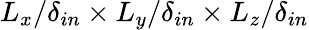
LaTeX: L_{x}/\delta_{in}\times L_{y}/\delta_{in}\times L_{z}/\delta_{in}